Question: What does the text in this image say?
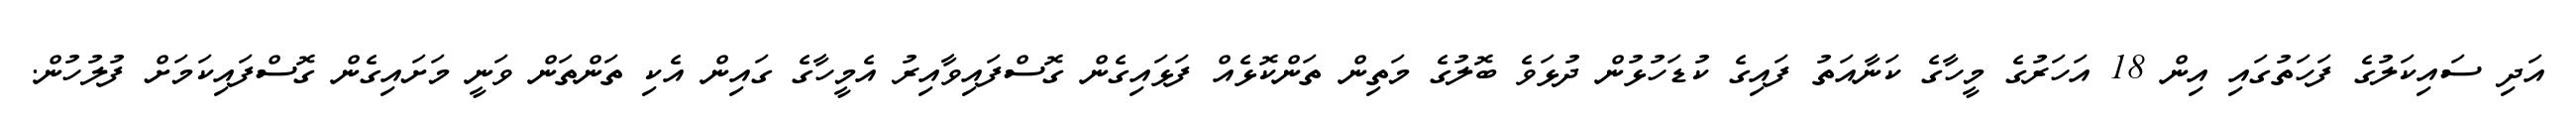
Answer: އަދި ސައިކަލުގެ ފަހަތުގައި އިން 18 އަހަރުގެ މީހާގެ ކަނާއަތު ފައިގެ ކުޑަހުޅުން ދުޅަވެ ބޮލުގެ މަތިން ތަންކޮޅެއް ފަޅައިގެން ގޮސްފައިވާއިރު އެމީހާގެ ގައިން އެކި ތަންތަން ވަނީ މަށައިގެން ގޮސްފައިކަމަށް ފުލުހުން.